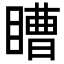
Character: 𭿕